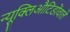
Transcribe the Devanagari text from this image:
न्यूक्लिऔटिडोंवाले